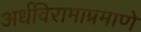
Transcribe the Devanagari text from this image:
अर्धविरामाप्रमाणे